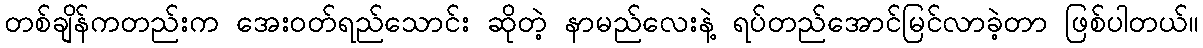
တစ်ချိန်ကတည်းက အေးဝတ်ရည်သောင်း ဆိုတဲ့ နာမည်လေးနဲ့ ရပ်တည်အောင်မြင်လာခဲ့တာ ဖြစ်ပါတယ်။